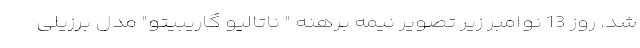
شد. روز 13 نوامبر زیر تصویر نیمه برهنه " ناتالیو گاریبیتو" مدل برزیلی